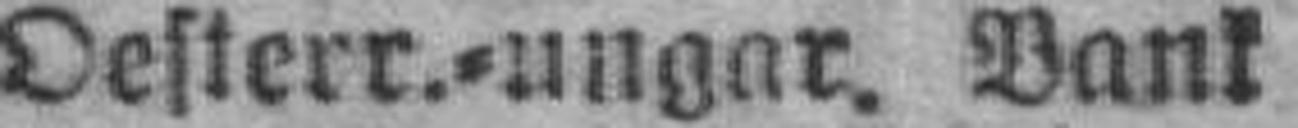
Oesterr.=ungar. Bank